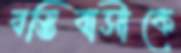
বস্তিবাসীকে